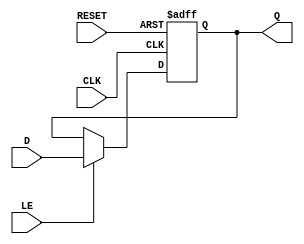
module ControlRegister #(
    parameter WIDTH = 8  // Define the width of the control register (default is 8 bits)
)(
    input wire [WIDTH-1:0] D,     // Data input
    input wire CLK,                // Clock signal
    input wire RESET,              // Reset signal (active high)
    input wire LE,                 // Load Enable signal
    output reg [WIDTH-1:0] Q       // Data output
);

// Asynchronous reset behavior
always @(posedge CLK or posedge RESET) begin
    if (RESET) begin
        Q <= {WIDTH{1'b0}};        // Reset the register to 0
    end else if (LE) begin
        Q <= D;                   // Load data into the register
    end
    // If neither RESET nor LE are asserted, Q retains its previous value
end

endmodule